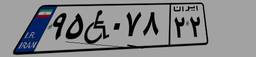
۹۵W۰۷۸۲۲